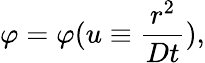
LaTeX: \varphi=\varphi(u\equiv\frac{r^{2}}{Dt}),